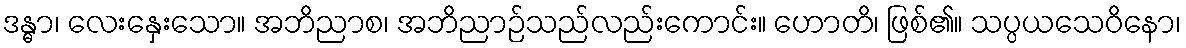
ဒန္ဓာ၊ လေးနှေးသော။ အဘိညာစ၊ အဘိညာဉ်သည်လည်းကောင်း။ ဟောတိ၊ ဖြစ်၏။ သပ္ပယသေဝိနော၊